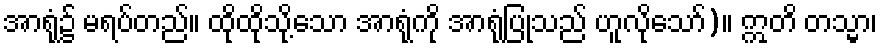
အာရုံ၌ မရပ်တည်။ ထိုထိုသို့သော အာရုံကို အာရုံပြုသည် ဟူလိုသော်)။ ဣတိ တသ္မာ၊